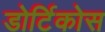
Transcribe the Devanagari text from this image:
डोर्टिकोस